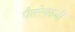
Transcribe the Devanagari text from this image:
पैतरेबाजी